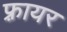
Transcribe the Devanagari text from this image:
फ़्रायर